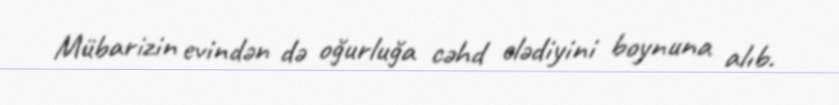
Mübarizin evindən də oğurluğa cəhd elədiyini boynuna alıb.